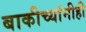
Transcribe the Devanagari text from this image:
बाकीच्यांनीही